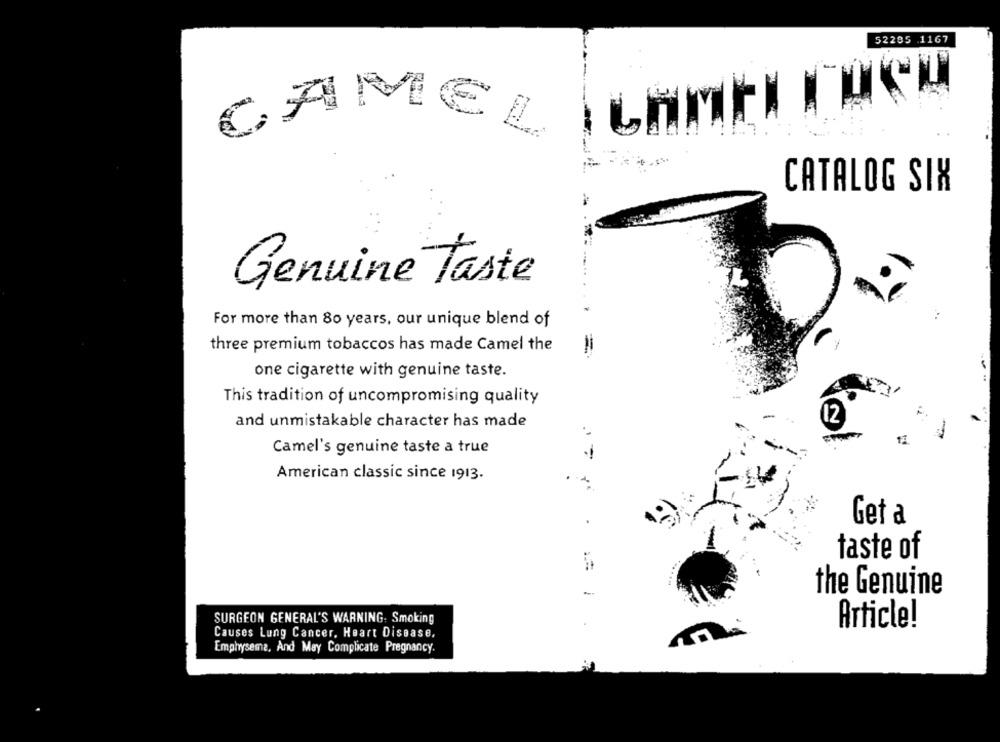
52285 .1167
CAMEL ICHIL
CATALOG SIX
Genuine Taste
For more than 80 years, our unique blend of
three premium tobaccos has made Camel the
one cigarette with genuine taste.
This tradition of uncompromising quality
and unmistakable character has made
12
Camel's genuine taste a true
..
American classic since 1913.
Get a
taste of
the Genuine
SURGEON GENERAL'S WARNING: Smoking
Article!
Causes Lung Cancer, Heart Disease,
Emphysema, And May Complicate Pregnancy.